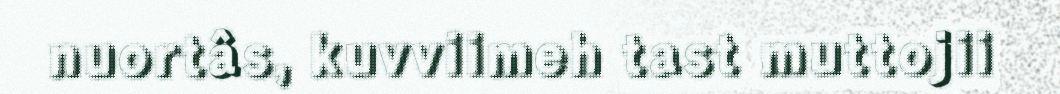
nuortâs, kuvviimeh tast muttojii